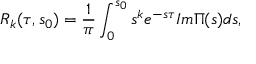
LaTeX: R _ { k } ( \tau , s _ { 0 } ) = \frac { 1 } { \pi } \int _ { 0 } ^ { s _ { 0 } } s ^ { k } e ^ { - s \tau } I m \Pi ( s ) d s ,